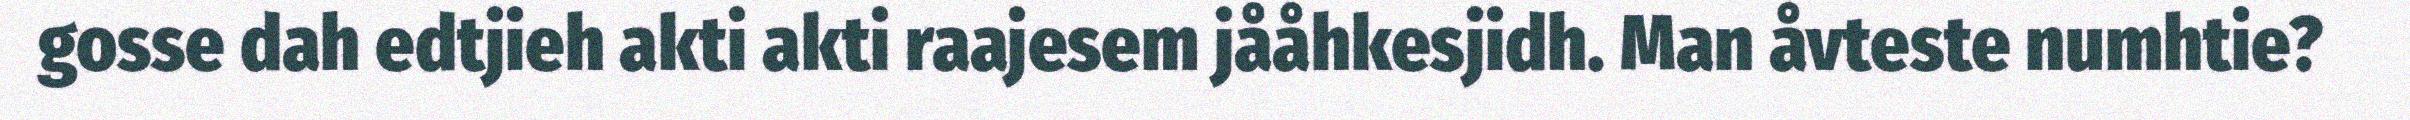
gosse dah edtjieh akti akti raajesem jååhkesjidh. Man åvteste numhtie?